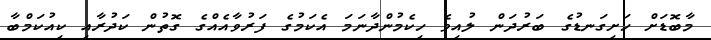
މާބޮޑަށް ހަށިގަނޑުގެ ބަރުދަން ލުއިވެ ހިކެމުންދާނަމަ އެކަމުގެ ފަރުވާއެއްގެ ގޮތުން ކަދުރާއި ކިއުކަމްބާ